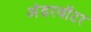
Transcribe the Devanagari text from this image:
अंडरवॉटर